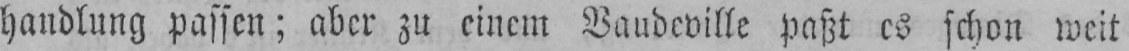
handlung passen; aber zu einem Vaudeville paßt es schon weit